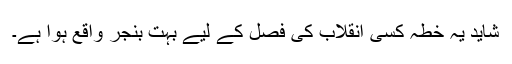
شاید یہ خطہ کسی انقلاب کی فصل کے لیے بہت بنجر واقع ہوا ہے۔